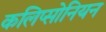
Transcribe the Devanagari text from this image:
कलिप्सोनियन